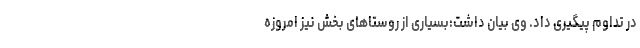
در تداوم پیگیری داد. وی بیان داشت:بسیاری از روستاهای بخش نیز امروزه